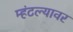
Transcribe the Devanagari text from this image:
म्हंटल्यावर